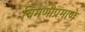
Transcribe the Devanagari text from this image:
चिमणीप्रमाणे